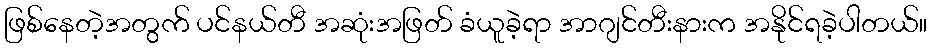
ဖြစ်နေတဲ့အတွက် ပင်နယ်တီ အဆုံးအဖြတ် ခံယူခဲ့ရာ အာဂျင်တီးနားက အနိုင်ရခဲ့ပါတယ်။